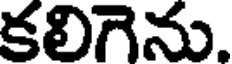
కలిగెను.